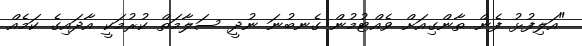
"އަލިފުޅު ފެން ތާންގިއަށް ވެއްޓުމުން ގެނބުނަ ނުދީ ސަލާމަތް ކުރުމަކީ އާދައިގެ ކަމެއް